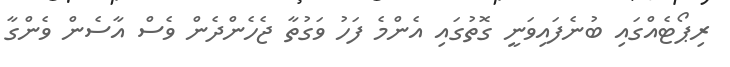
ރިޕޯޓެއްގައި ބުނެފައިވަނީ ގޮތުގައި އެންމެ ފަހު ވަގުތާ ޖެހެންދެން ވެސް އާސެން ވެންގާ